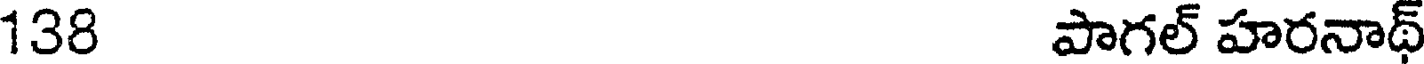
138 పాగల్ హరనాథ్